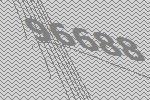
96688